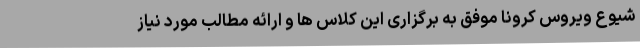
شیوع ویروس کرونا موفق به برگزاری این کلاس ها و ارائه مطالب مورد نیاز